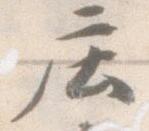
庄